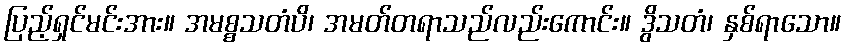
ပြည့်ရှင်မင်းအား။ အမစ္စသတံပိ၊ အမတ်တရာသည်လည်းကောင်း။ ဒွိသတံ၊ နှစ်ရာသော။